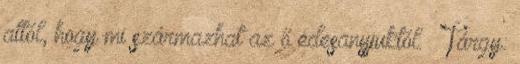
attól, hogy mi származhat az ő édesanyjuktól. ₰ Tárgy: